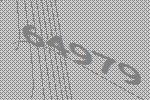
64979